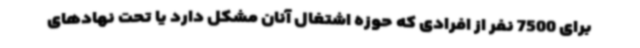
برای 7500 نفر از افرادی که حوزه اشتغال آنان مشکل دارد یا تحت نهادهای